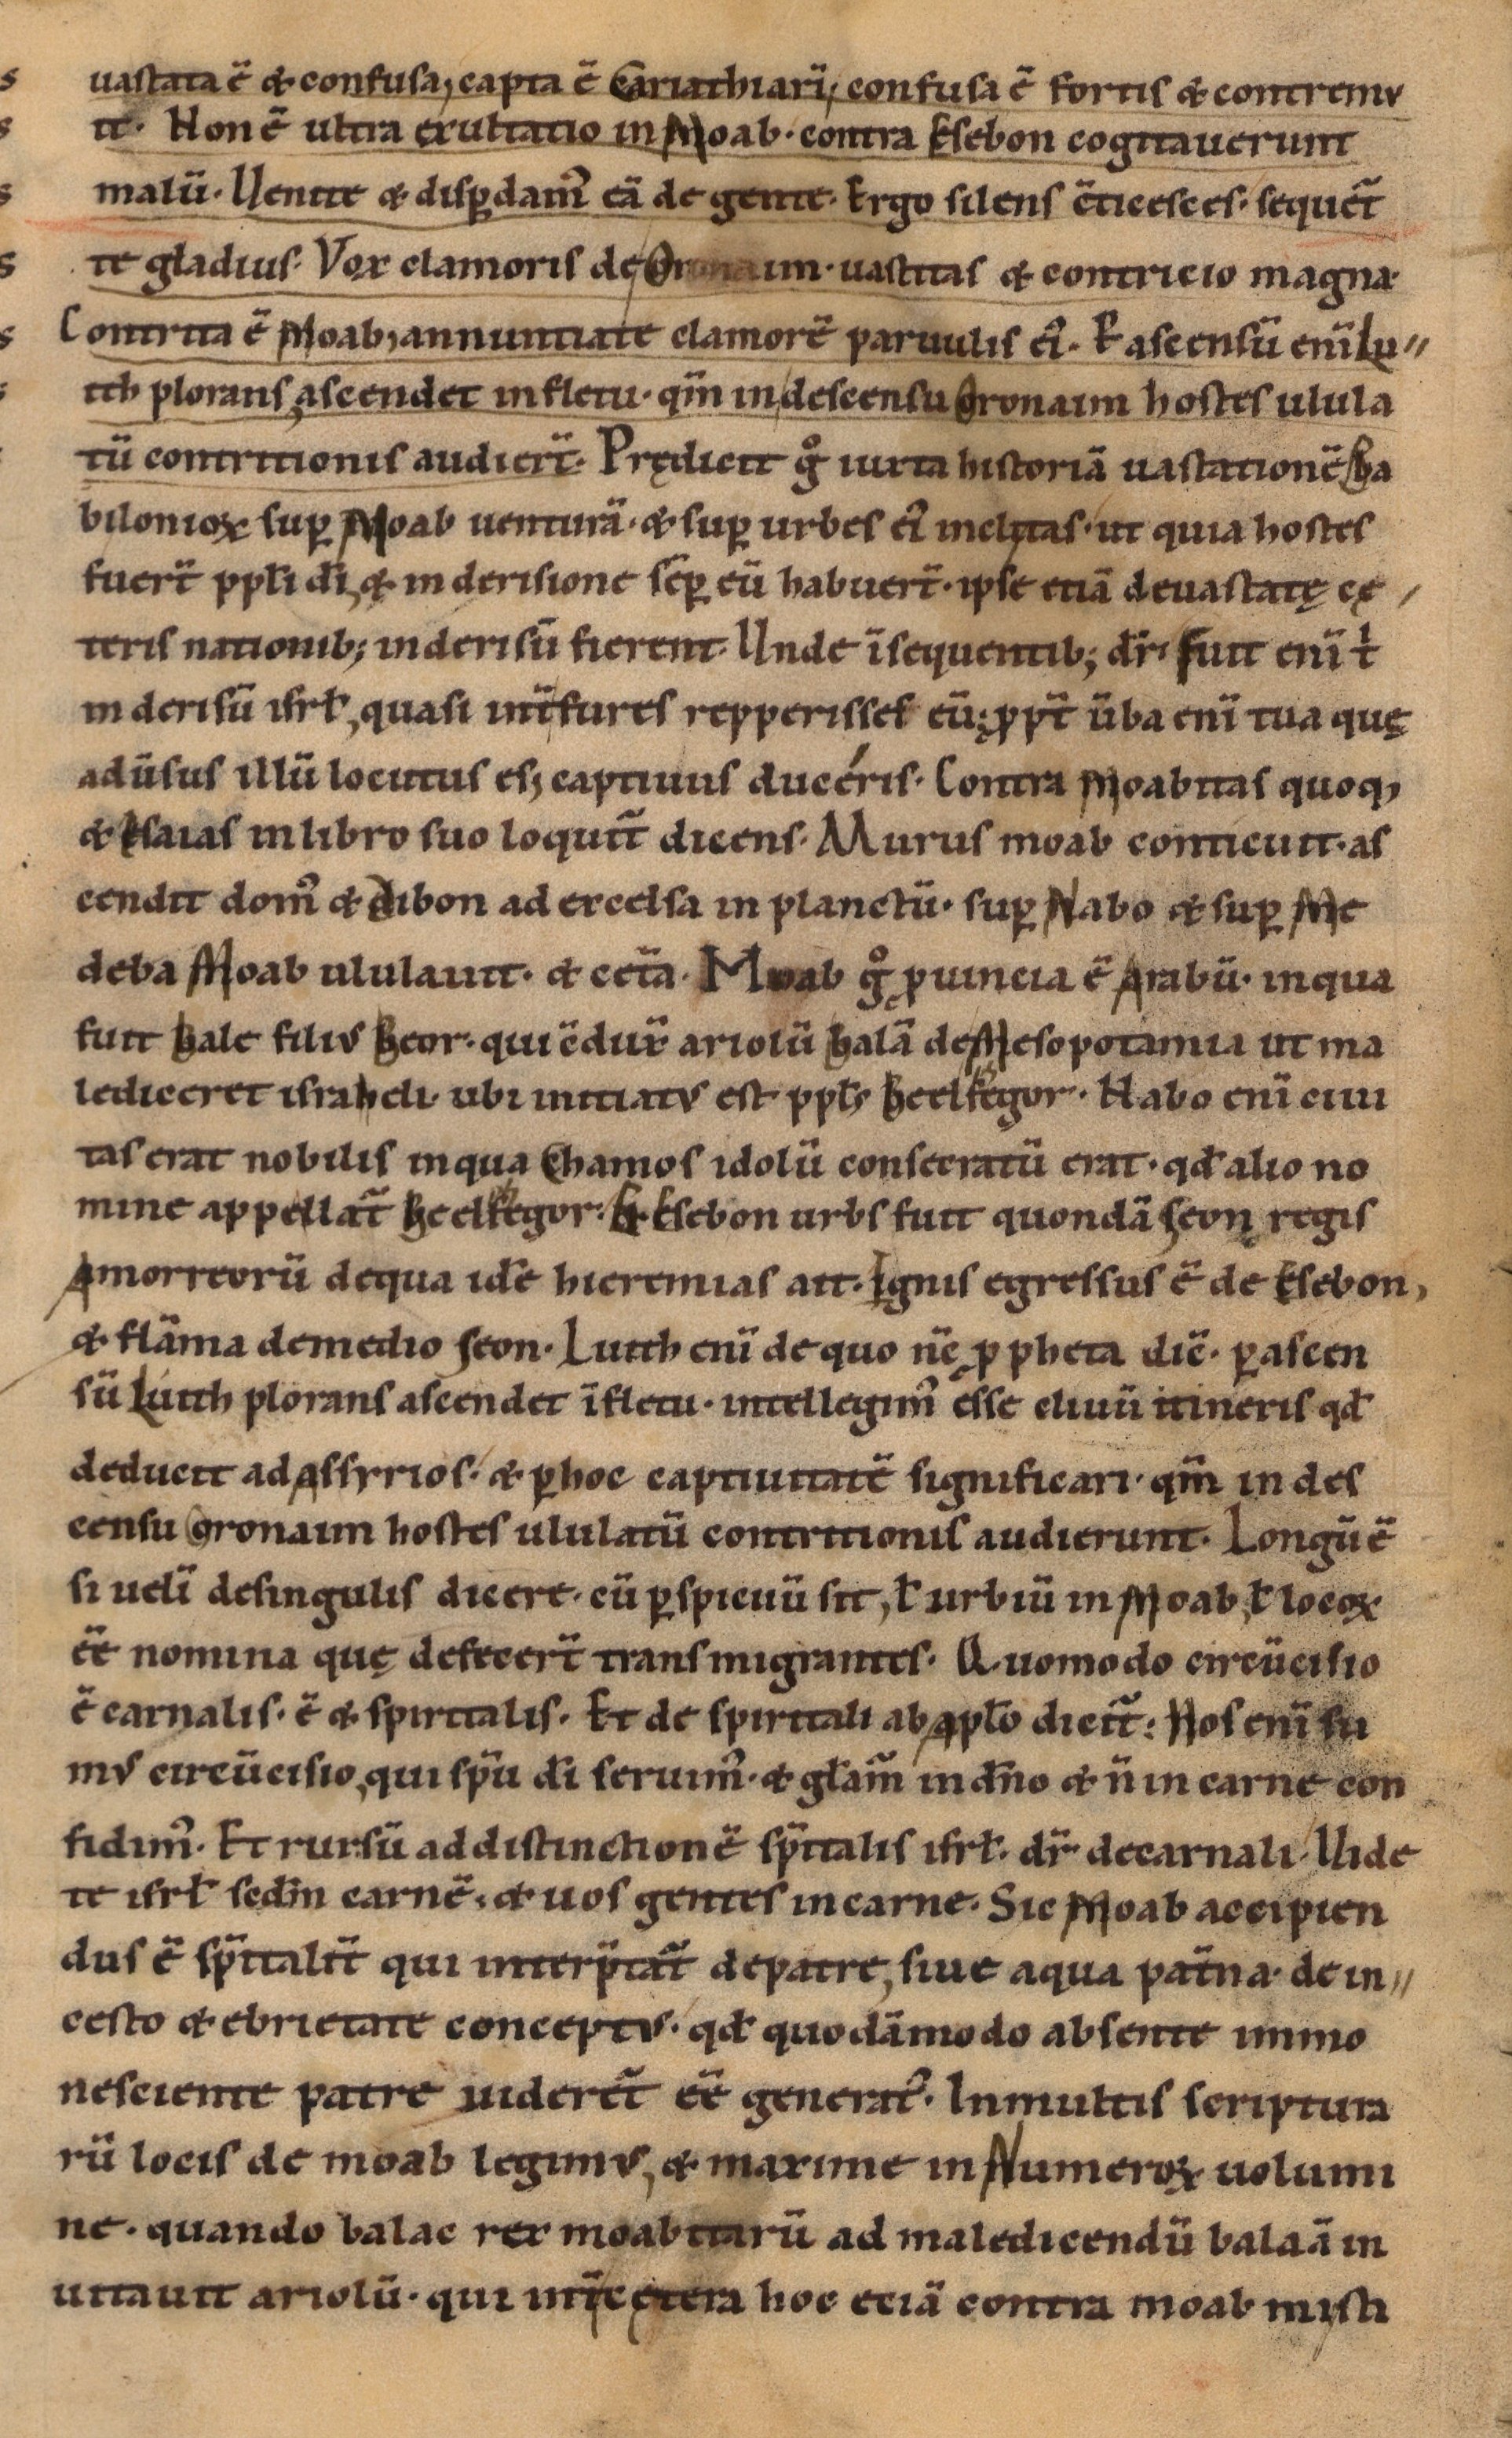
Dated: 1085–1115